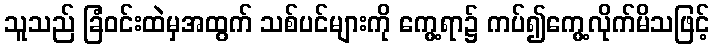
သူသည် ခြံဝင်းထဲမှအထွက် သစ်ပင်များကို ကွေ့ရာ၌ ကပ်၍ကွေ့လိုက်မိသဖြင့်